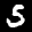
Label: 5